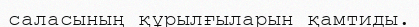
саласының құрылғыларын қамтиды.